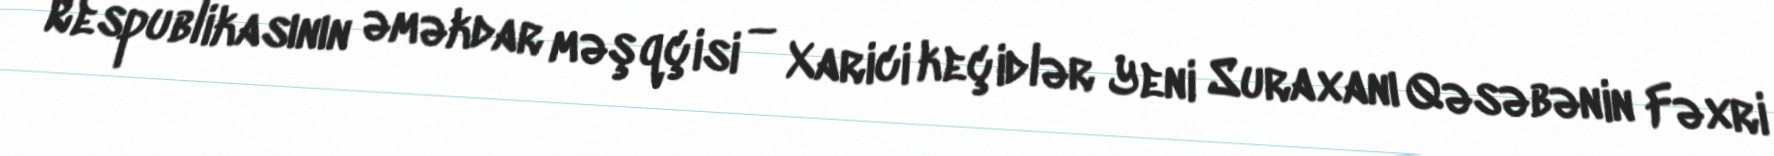
Respublikasının əməkdar məşqçisi — Xarici keçidlər Yeni Suraxanı Qəsəbənin Fəxri